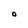
Character: O